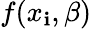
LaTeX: f(x_{\mathbf{i}},\beta)